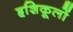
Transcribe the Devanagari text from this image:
हृशिकूलों